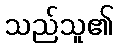
သည်သူ၏